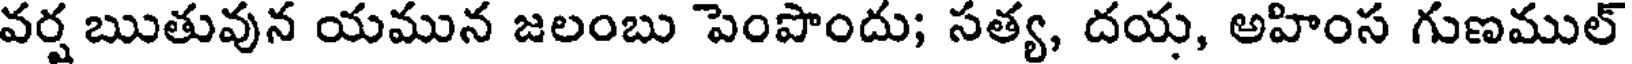
వర్ష ఋతువున యమున జలంబు పెంపొందు; సత్య, దయ, అహింస గుణముల్